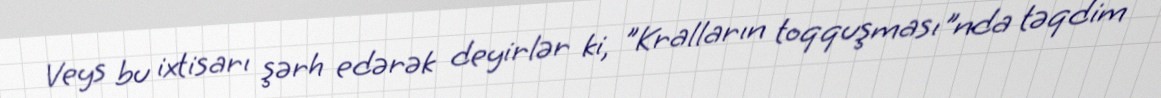
Veys bu ixtisarı şərh edərək deyirlər ki, "Kralların toqquşması"nda təqdim